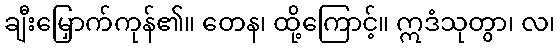
ချီးမြှောက်ကုန်၏။ တေန၊ ထို့ကြောင့်။ ဣဒံသုတွာ၊ လ၊